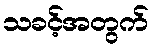
သခင့်အတွက်